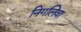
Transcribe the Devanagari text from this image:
निगलिवा